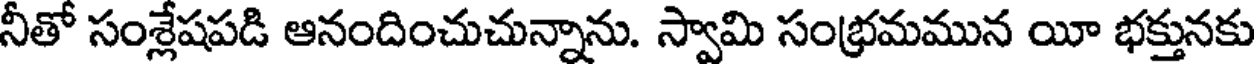
నీతో సంశ్లేషపడి ఆనందించుచున్నాను. స్వామి సంభ్రమమున యీ భక్తునకు